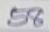
58